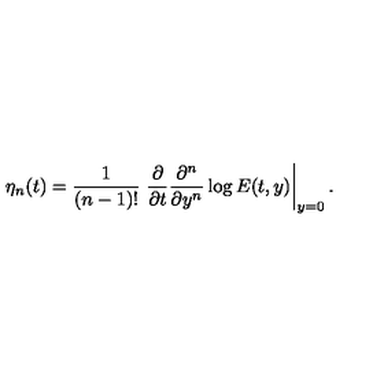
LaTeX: \eta _ { n } ( t ) = \frac { 1 } { ( n - 1 ) ! } \left. \frac { \partial } { \partial t } \frac { \partial ^ { n } } { \partial y ^ { n } } \log { E ( t , y ) } \right| _ { y = 0 } .